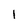
Character: 1